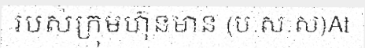
របស់ក្រុមហ៊ុនមាន (ប.ស.ស)At